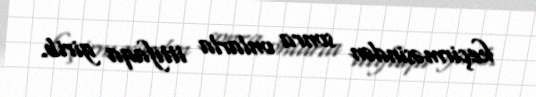
keçirməsindən sonra onlarla ittifaqa girib.